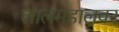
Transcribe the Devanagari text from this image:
लालमहालवर